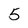
Character: 5